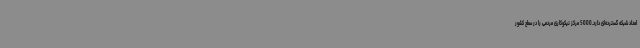
امداد شبکه گسترده‌ای دارد.5000 مرکز نیکوکاری مردمی را در سطح کشور